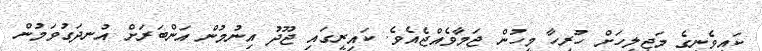
ކައިވެނީގެ މަޖިލީހަށް ހުރިހާ މީހުން ޖަމާވެއްޖެއެވެ. ކައިރީގައި ޖޫދު އިނުމުން އަންބަރަށް އުނދަގުވަމުން